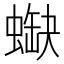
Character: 𧎯